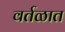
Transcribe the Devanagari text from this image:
वर्तळात